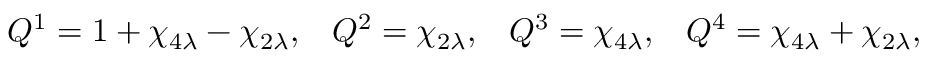
Q ^ { 1 } = 1 + \chi _ { 4 \lambda } - \chi _ { 2 \lambda } , \, \, \, \, \, Q ^ { 2 } = \chi _ { 2 \lambda } , \, \, \, \, \, Q ^ { 3 } = \chi _ { 4 \lambda } , \, \, \, \, \, Q ^ { 4 } = \chi _ { 4 \lambda } + \chi _ { 2 \lambda } ,